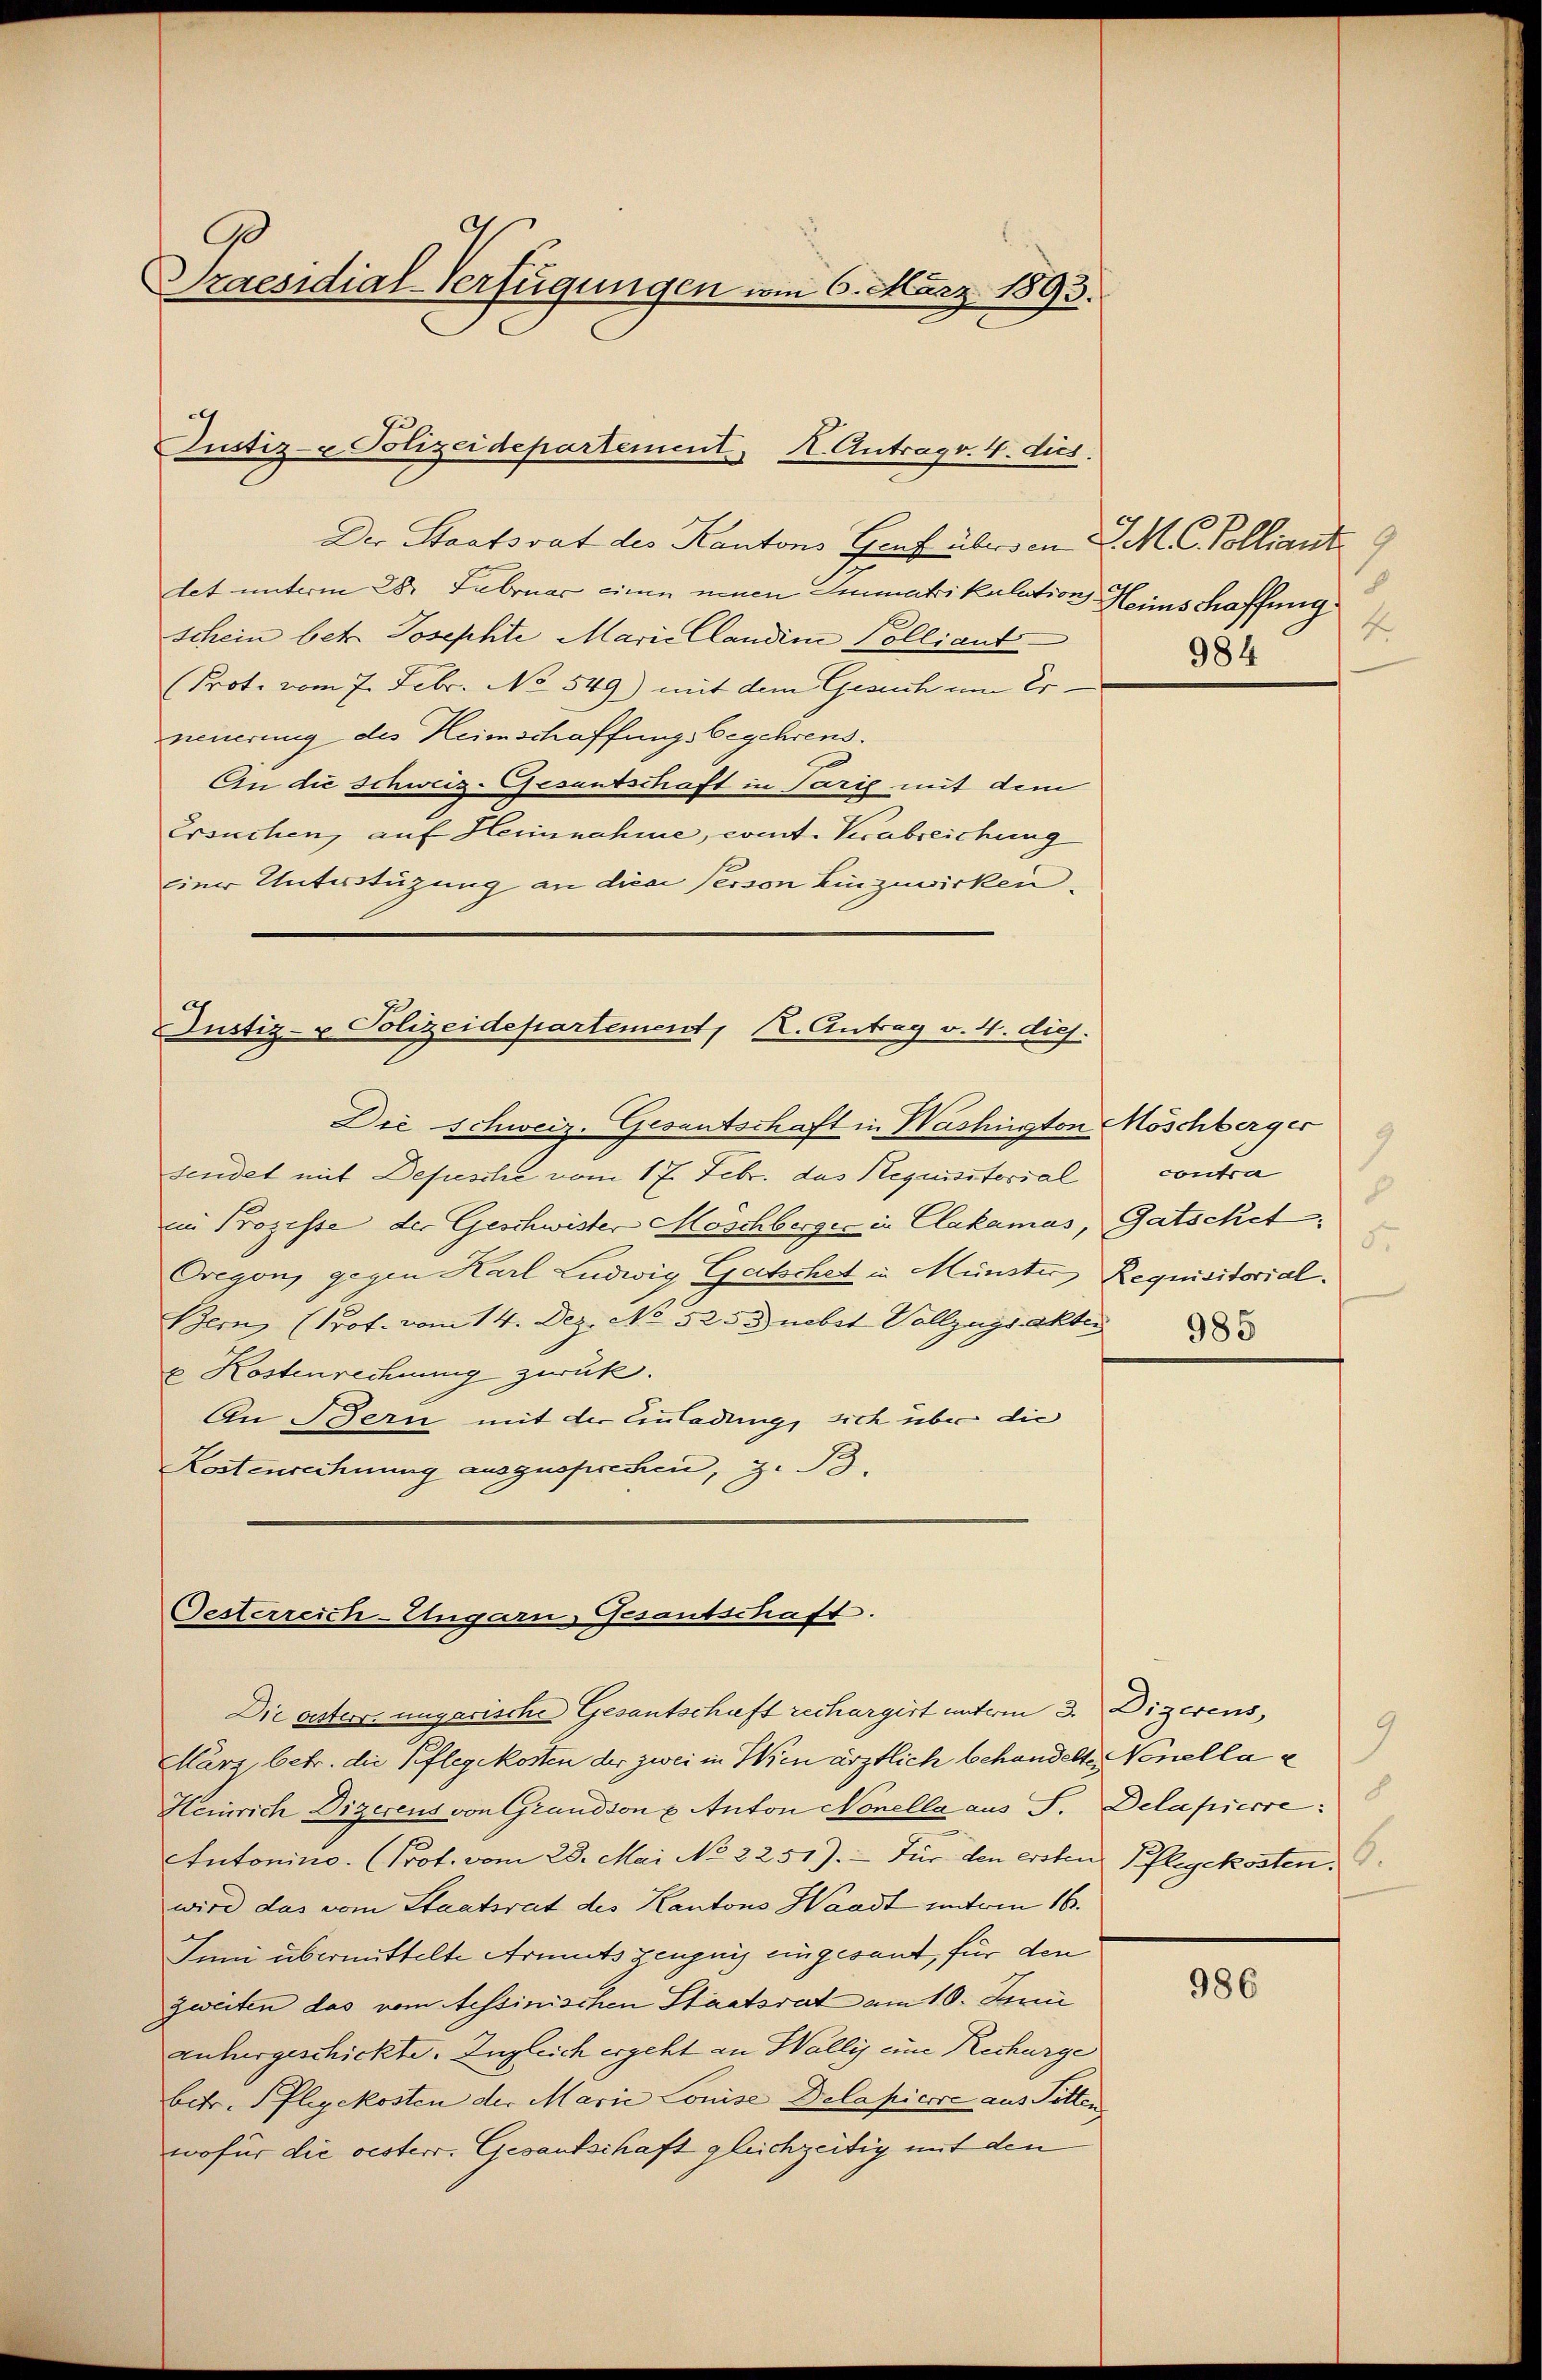
9
Praesidial-Verfügungen vom 6. März 1893.

Justiz- & Polizeidepartement, I. Antrag. 4. dus.
Der Staatsrat des Kantons Gruf übersen St. C. Polliant 9
det unterm 28. Februar einen einen Immatrikulation Heimschaffung
schein betr. Josephte Mariellandin Polliant
Prot. vom 7. Febr. No 549) mit dem Gesuch um Erneuerung des Heimschaffungsbegehrens.
An die Schweiz-Gesantschaft in Parig mit dem
Ersuchen, auf Heinnahme, comt. Verabreichung
Einer Unterstützung an diese Person Einzuwirken,

Justiz- u Polizeidepartement, K. Antrag v. 4. dies
Die Schweiz. Gesantschaft in Washington Möschberger

Oesterreich-Ungarn, Gesantschaft.

sendet mit Depesche vom 17. Febr. das Requisitorial
in Prozesse der Geschwister Moschberger in Clakamas, Gatschet,
Oreyon, gegen Karl Ludwig Gutschet in Münster Requisitorial¬
Bern, (Prof. vom 14. Dez. No 525. nebst Vollzugs aktis
u. Kostenrechnung zwuk.
An Bern mit der Einladung, sich über die
Kostenrechnung ausgesprechen, z. B.

4
984

Die osters ungarische Gesantschaft rechargirt unterm 3. Dizerens,
März, betr. die Pflegekosten der zwei in Wien ärztlich behandelte Nonella c
Heinrich Dizerens von Grandson u. Anton Nonella aus S. Delapierre
Atutonino. (Prot. vom 28. Mai No 2251). — Für den ersten Pflegekosten.
wird das vom Staatsrat des Kantons Waadt unterm 16.
Juni übermittelte Armutszeugnis eingesant, für den
zweiten das vom Tessinischen Staatsrat am 10. Juni
anhergeschickte. Zugleich ergeht an Wallis um Recharge
betr. Pflegekosten der Marie Louise Delapicere aus Sitten
wofür die vesterr. Gesandschaft gleichzeitig mit den

3
contra
x
5
985

9

986